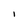
Character: I